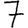
Digit: 7